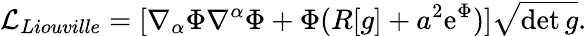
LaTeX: {\cal L}_{Liouville}=[\nabla_{\alpha}\Phi\nabla^{\alpha}\Phi+\Phi(R[g]+a^{2}\mathrm{e}^{\Phi})]\sqrt{\operatorname*{det}g}.